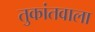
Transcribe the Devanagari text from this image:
तुकांतवाला